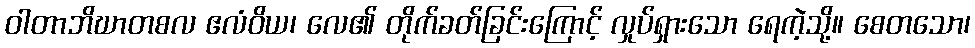
ဝါတာဘိဃာတစလ ဧလံဝိယ၊ လေ၏ တိုက်ခတ်ခြင်းကြောင့် လှုပ်ရှားသော ရေကဲ့သို့။ စေတသော၊